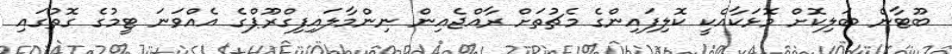
ބޫޓާން ބަލިކޮށް މޮޅަކާއެކީ ކޮލިފައިންގެ މެޗުތަށް ރާއްޖެއިން ނިންމާލައިފިގްރޫޕްގެ އެއްވަނަ ޓީމުގެ ގޮތުގައި